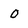
Character: 0